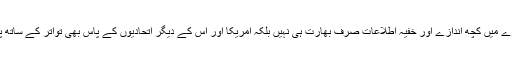
جس کے بارے میں کچھ اندازے اور خفیہ اطلاعات صرف بھارت ہی نہیں بلکہ امریکا اور اس کے دیگر اتحادیوں کے پاس بھی تواتر کے ساتھ پہنچ رہی ہیں۔